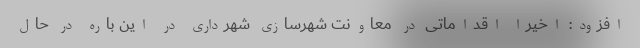
افزود: اخیراً اقداماتی در معاونت شهرسازی شهرداری در این باره در حال